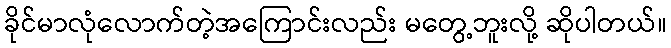
ခိုင်မာလုံလောက်တဲ့အကြောင်းလည်း မတွေ့ဘူးလို့ ဆိုပါတယ်။